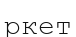
ркет